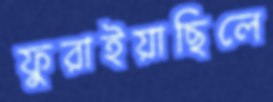
ফুরাইয়াছিলে